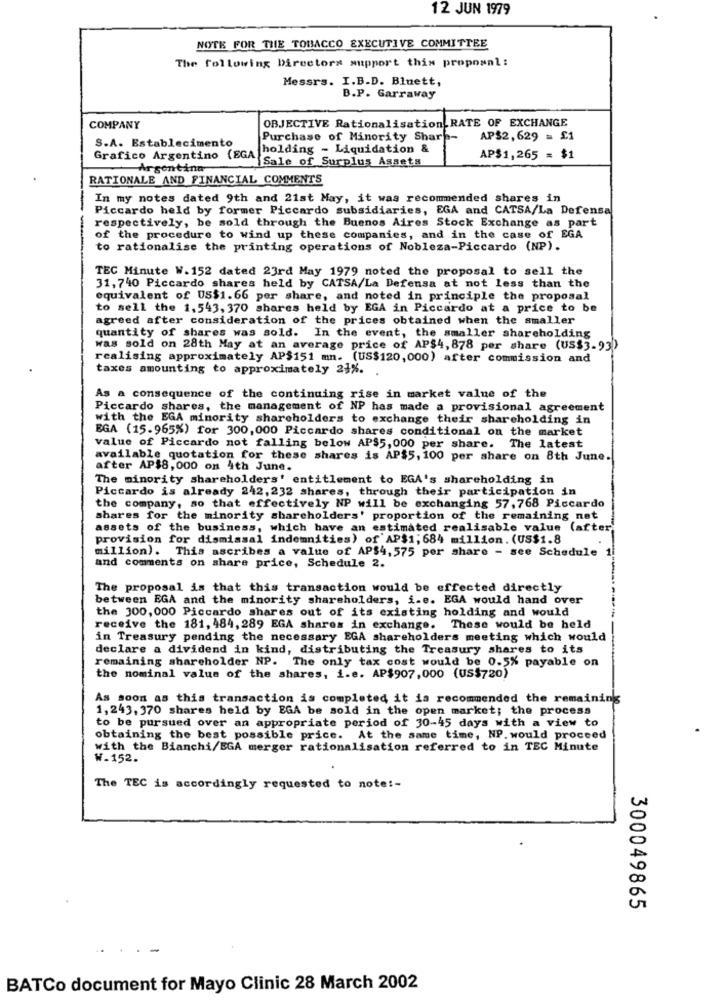
12 JUN 1979
NOTE FOR THE TOBACCO EXECUTIVE COMMITTEE
The following Directors support this proposal :
Messrs. I.B.D. Bluett,
B.P. Garraway
OBJECTIVE Rationalisation RATE OF EXCHANGE
COMPANY
S.A. Establecimento
Purchase of Minority Sharp-
AP$2,629 = £1
holding - Liquidation &
Grafico Argentino (EGA]"
Sale of Surplus Assets
AP$1,265 = $1
Argentina
RATIONALE AND FINANCIAL COMMENTS
In my notes dated 9th and 21st May, it was recommended shares in
Piccardo held by former Piccardo subsidiaries, EGA and CATSA/La Defensa
respectively, be sold through the Buenos Aires Stock Exchange as part
of the procedure to wind up these companies, and in the case of EGA
--
to rationalise the printing operations of Nobleza-Piccardo (NP).
TEC Minute W. 152 dated 23rd May 1979 noted the proposal to sell the
31, 740 Piccardo shares held by CATSA/La Defensa at not less than the
equivalent of US$1.66 per share, and noted in principle the proposal
to sell the 1,543, 370 shares held by EGA in Piccardo at a price to be
agreed after consideration of the prices obtained when the smaller
quantity of shares was sold. In the event, the smaller shareholding
was sold on 28th May at an average price of AP$4, 878 per share (US$3-93)
realising approximately AP$151 mm. (US$120,000) after commission and
taxes amounting to approximately 24%.
As a consequence of the continuing rise in market value of the
Piccardo shares, the management of NP has made a provisional agreement
with the EGA minority shareholders to exchange their shareholding in
EGA (15.965%) for 300,000 Piccardo shares conditional on the market
value of Piccardo not falling below AP$5, 000 per share. The latest
available quotation for these shares is AP$5, 100 per share on 8th June.
after AP$8,000 on 4th June.
The minority shareholders' entitlement to EGA's shareholding in
Piccardo is already 242, 232 shares, through their participation in
the company, so that effectively NP will be exchanging 57,768 Piccardo
shares for the minority shareholders' proportion of the remaining net
assets of the business, which have an estimated realisable value (after
provision for dismissal indemnities) of AP$1; 684 million. (US$1.8
million). This ascribes a value of AP$4,575 per share - see Schedule
and comments on share price, Schedule 2.
The proposal is that this transaction would be effected directly
between EGA and the minority shareholders, i.e. EGA would hand over
the 300, 000 Piccardo shares out of its existing holding and would
receive the 181, 484, 289 EGA shares in exchange. These would be held
in Treasury pending the necessary EGA shareholders meeting which would
declare a dividend in kind, distributing the Treasury shares to its
remaining shareholder NP. The only tax cost would be 0.5% payable on
the nominal value of the shares, i.e. AP$907,000 (US$720)
As soon as this transaction is completed it is recommended the remaining
1,243, 370 shares held by EGA be sold in the open market; the process
to be pursued over an appropriate period of 30-45 days with a view to
obtaining the best possible price. At the same time, NP. would proceed
with the Bianchi/EGA merger rationalisation referred to in TEC Minute
W.152.
The TEC is accordingly requested to note !-
300049865
BATCo document for Mayo Clinic 28 March 2002